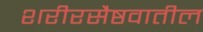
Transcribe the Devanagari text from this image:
शरीरसैष्ठवातील